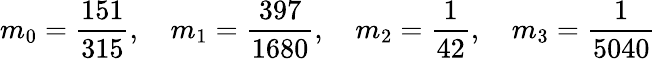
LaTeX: m_{0}=\frac{151}{315},\quad m_{1}=\frac{397}{1680},\quad m_{2}=\frac{1}{42},\quad m_{3}=\frac{1}{5040}